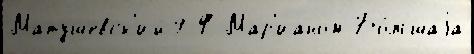
Матушевск'ий9 Ф Мар'ианом Бо́льшаjа